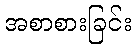
အစာစားခြင်း